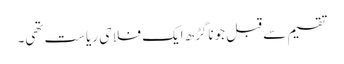
تقسیم سے قبل جوناگڑھ ایک فلاحی ریاست تھی۔